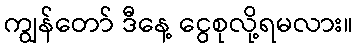
ကျွန်တော် ဒီနေ့ ငွေစုလို့ရမလား။